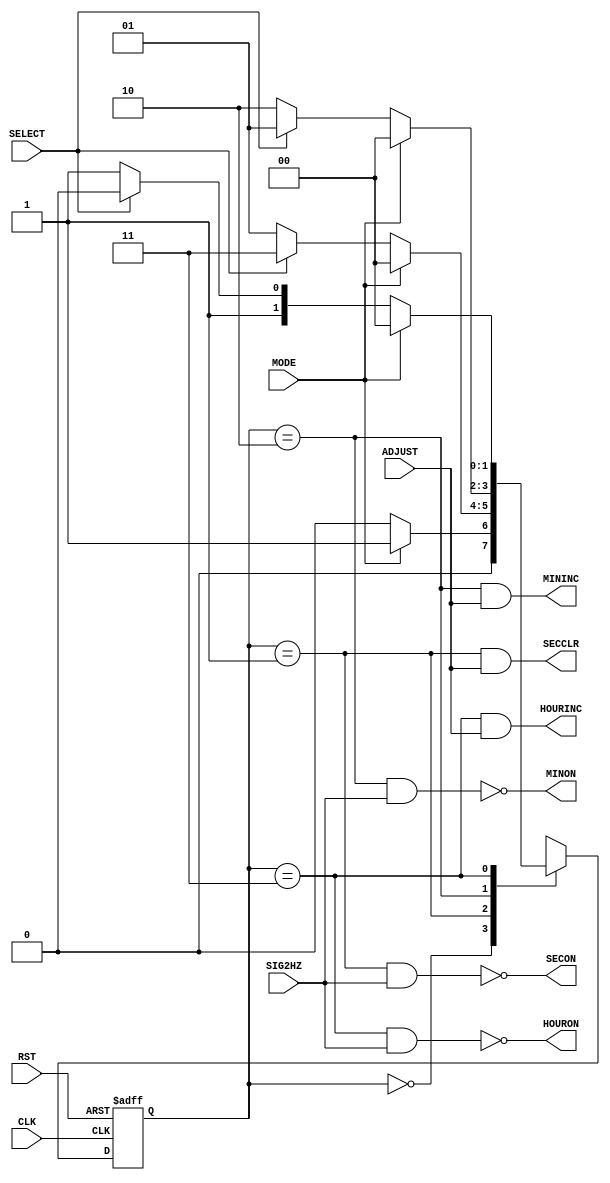

// 

module STATE(
	input CLK, RST,	// 
	input SIG2HZ,		// 2Hz
	input MODE, SELECT, ADJUST,		// 
	output SECCLR, MININC, HOURINC,	// 
	output SECON, MINON, HOURON		// 
);

// 
reg [1:0] cur, nxt;	// 
parameter NORM = 2'b00, SEC = 2'b01, MIN = 2'b10, HOUR = 2'b11;

// 
assign SECCLR = (cur == SEC) & ADJUST;
assign MININC = (cur == MIN) & ADJUST;
assign HOURINC = (cur == HOUR) & ADJUST;

// 
assign SECON = ~((cur == SEC) & SIG2HZ);
assign MINON = ~((cur == MIN) & SIG2HZ);
assign HOURON = ~ ((cur == HOUR) & SIG2HZ);

// 
always @(posedge CLK, posedge RST)begin
	if(RST)
		cur <= NORM;
	else
		cur <= nxt;
end

// 
always @* begin
	case(cur)
		NORM:	if(MODE)
					nxt = SEC;
				else
					nxt = NORM;
		SEC:	if(MODE)
					nxt = NORM;
				else if(SELECT)
					nxt = HOUR;
				else
					nxt = SEC;
		MIN:	if(MODE)
					nxt = NORM;
				else if(SELECT)
					nxt = SEC;
				else
					nxt = MIN;
		HOUR:	if(MODE)
					nxt = NORM;
				else if(SELECT)
					nxt = MIN;
				else
					nxt = HOUR;
		default: nxt = 2'bxx;
	endcase
end

endmodule